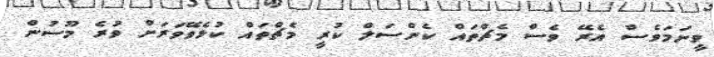
ވީނަމަވެސް އެރޭ ވެސް މެޗްތައް ކެންސަލް ކުރީ މެޗްތައް ކުޅެވޭވަރަށް ވުރެ މޫސުން